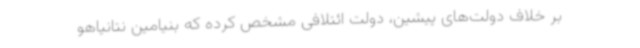
بر خلاف دولت‌های پیشین، دولت ائتلافی مشخص کرده که بنیامین نتانیاهو